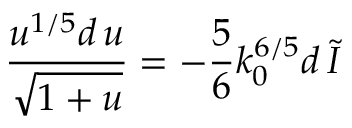
\frac { u ^ { 1 / 5 } d \, u } { \sqrt { 1 + u } } = - \frac { 5 } { 6 } k _ { 0 } ^ { 6 / 5 } d \, { \tilde { I } }